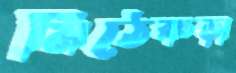
মিঠেকড়া